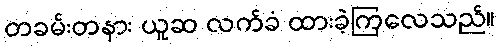
တခမ်းတနား ယူဆ လက်ခံ ထားခဲ့ကြလေသည်။